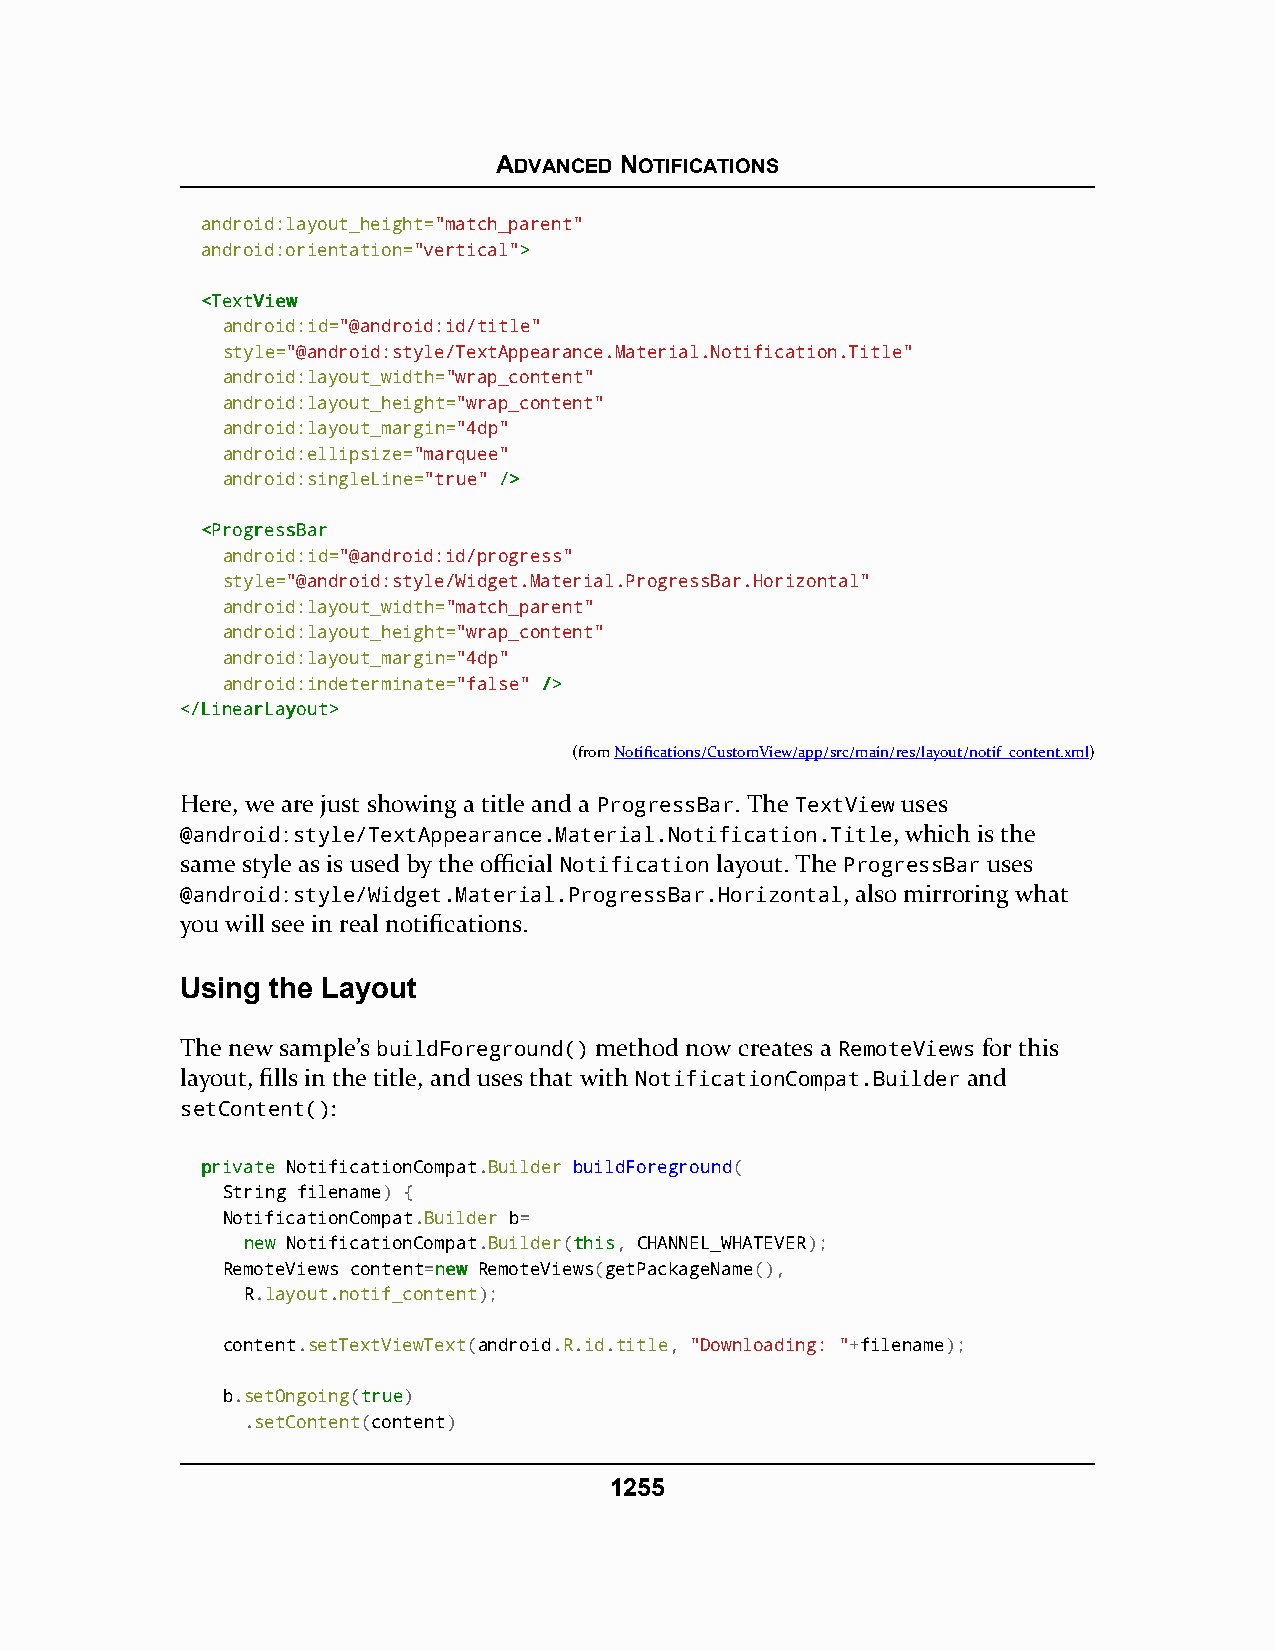
ADVANCED NOTIFICATIONS
 android:layout_height="match_parent"
 android:orientation="vertical">>
 <<TTeexxttVViieeww
 android:id="@android:id/title"
 style="@android:style/TextAppearance.Material.Notification.Title"
 android:layout_width="wrap_content"
 android:layout_height="wrap_content"
 android:layout_margin="4dp"
 android:ellipsize="marquee"
 android:singleLine="true" //>>
 <<PPrrooggrreessssBBaarr
 android:id="@android:id/progress"
 style="@android:style/Widget.Material.ProgressBar.Horizontal"
 android:layout_width="match_parent"
 android:layout_height="wrap_content"
 android:layout_margin="4dp"
 android:indeterminate="false" //>>
 <<//LLiinneeaarrLLaayyoouutt>>
 (fromNotifications/CustomView/app/src/main/res/layout/notif_content.xml)
 Here, we are just showing a title and a ProgressBar. The TextView uses
 @android:style/TextAppearance.Material.Notification.Title, which is the
 same style as is used by the official Notification layout. The ProgressBar uses
 @android:style/Widget.Material.ProgressBar.Horizontal, also mirroring what
 you will see in real notifications.
 Using the Layout
 The new sample’s buildForeground() method now creates a RemoteViews for this
 layout, fills in the title, and uses that with NotificationCompat.Builder and
 setContent():
 pprriivvaattee NotificationCompat.Builder buildForeground(
 String filename) {
 NotificationCompat.Builder b=
 nneeww NotificationCompat.Builder(tthhiiss, CHANNEL_WHATEVER);
 RemoteViews content=nneeww RemoteViews(getPackageName(),
 R.layout.notif_content);
 content.setTextViewText(android.R.id.title, "Downloading: "+filename);
 b.setOngoing(ttrruuee)
 .setContent(content)
 1255